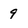
Character: 9